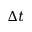
\Delta t